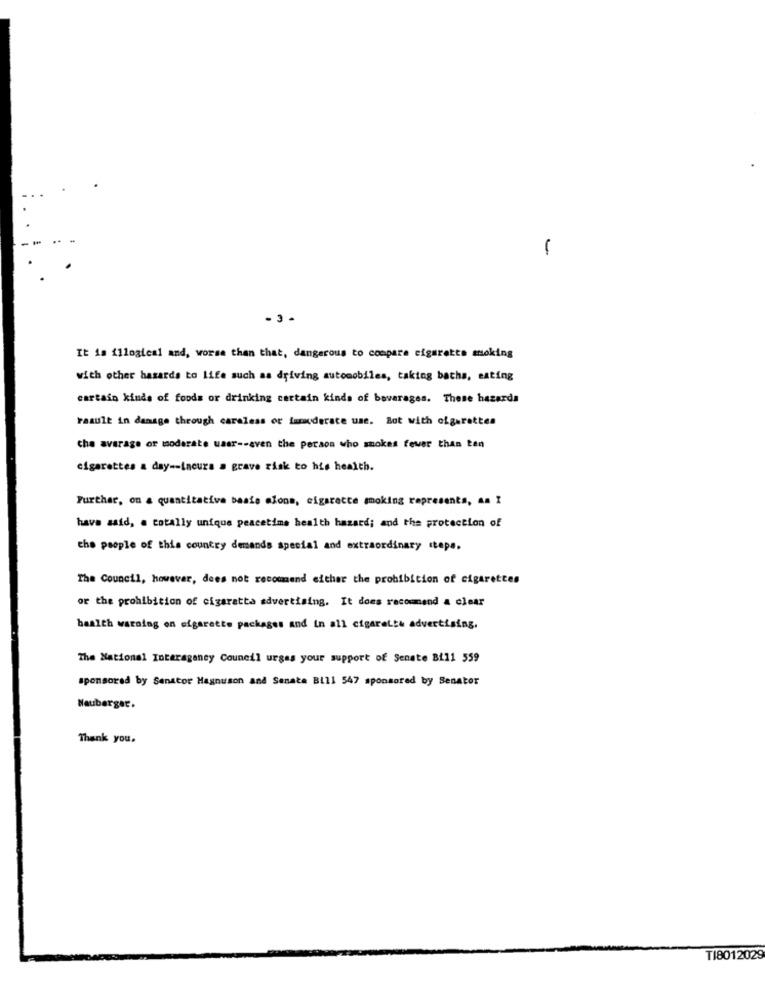
-
-3-
It is illogical and, worse than that, dangerous to compare cigarette smoking
with other hasards to life such as driving automobiles, taking baths, eating
cartain kinds of foods or drinking certain kinds of bovarages. These hazards
Faault in damage through careless or funderate use. But with cigarettes
the average or moderate uaar -- even the person who smokes fewer than ten
cigarettes a day -- incura a grave risk to his health.
Further, on a quantitative basie alone, cigarette smoking represents, an I
have said, a totally unique peacetime health hazard; and the protection of
the people of this country demands special and extraordinary steps.
The Council, however, does not recommend either the prohibition of cigarettes
or the prohibition of cigaratta advertising. It does recommend a clear
health warning on sigarette packages and in all cigarette advertising,
The National Interagency Council urges your support of Senate Bi11 559
sponsored by Senator Magnuson and Senate Bill 547 sponsored by Benator
Neuberger.
Thank you.
T1801202